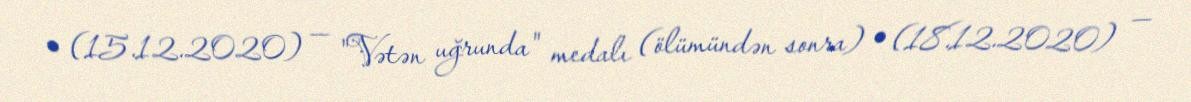
• (15.12.2020) — "Vətən uğrunda" medalı (ölümündən sonra) • (18.12.2020) —